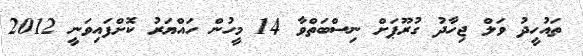
ތައުހީދު ވަލް ޖިހާދު ގުރޫޕަށް ނިސްބަތްވާ 14 މީހުން ހައްޔަރު ކޮށްފައިވަނީ 2012